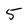
Character: 5